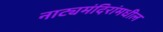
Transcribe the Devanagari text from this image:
नाट्यमंदिरांमधील